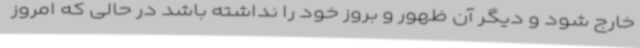
خارج شود و دیگر آن ظهور و بروز خود را نداشته باشد در حالی که امروز